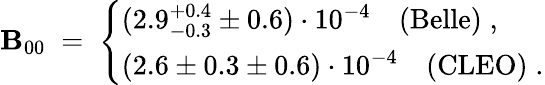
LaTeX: {\cal\mathbf{B}}_{00}\; =\; \left\{ \begin{array}{l}{{(2.9_{-0.3}^{+0.4}\pm 0.6)\cdot 10^{-4}~~~~(\mathrm{Belle})\; ,\; \; \; \; \; \; }}\\ {{(2.6\pm 0.3\pm 0.6)\cdot 10^{-4}~~~~(\mathrm{CLEO})\; .}}\end{array}\right.